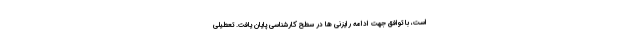
است، با توافق جهت ادامه رایزنی ها در سطح کارشناسی پایان یافت. تعطیلی